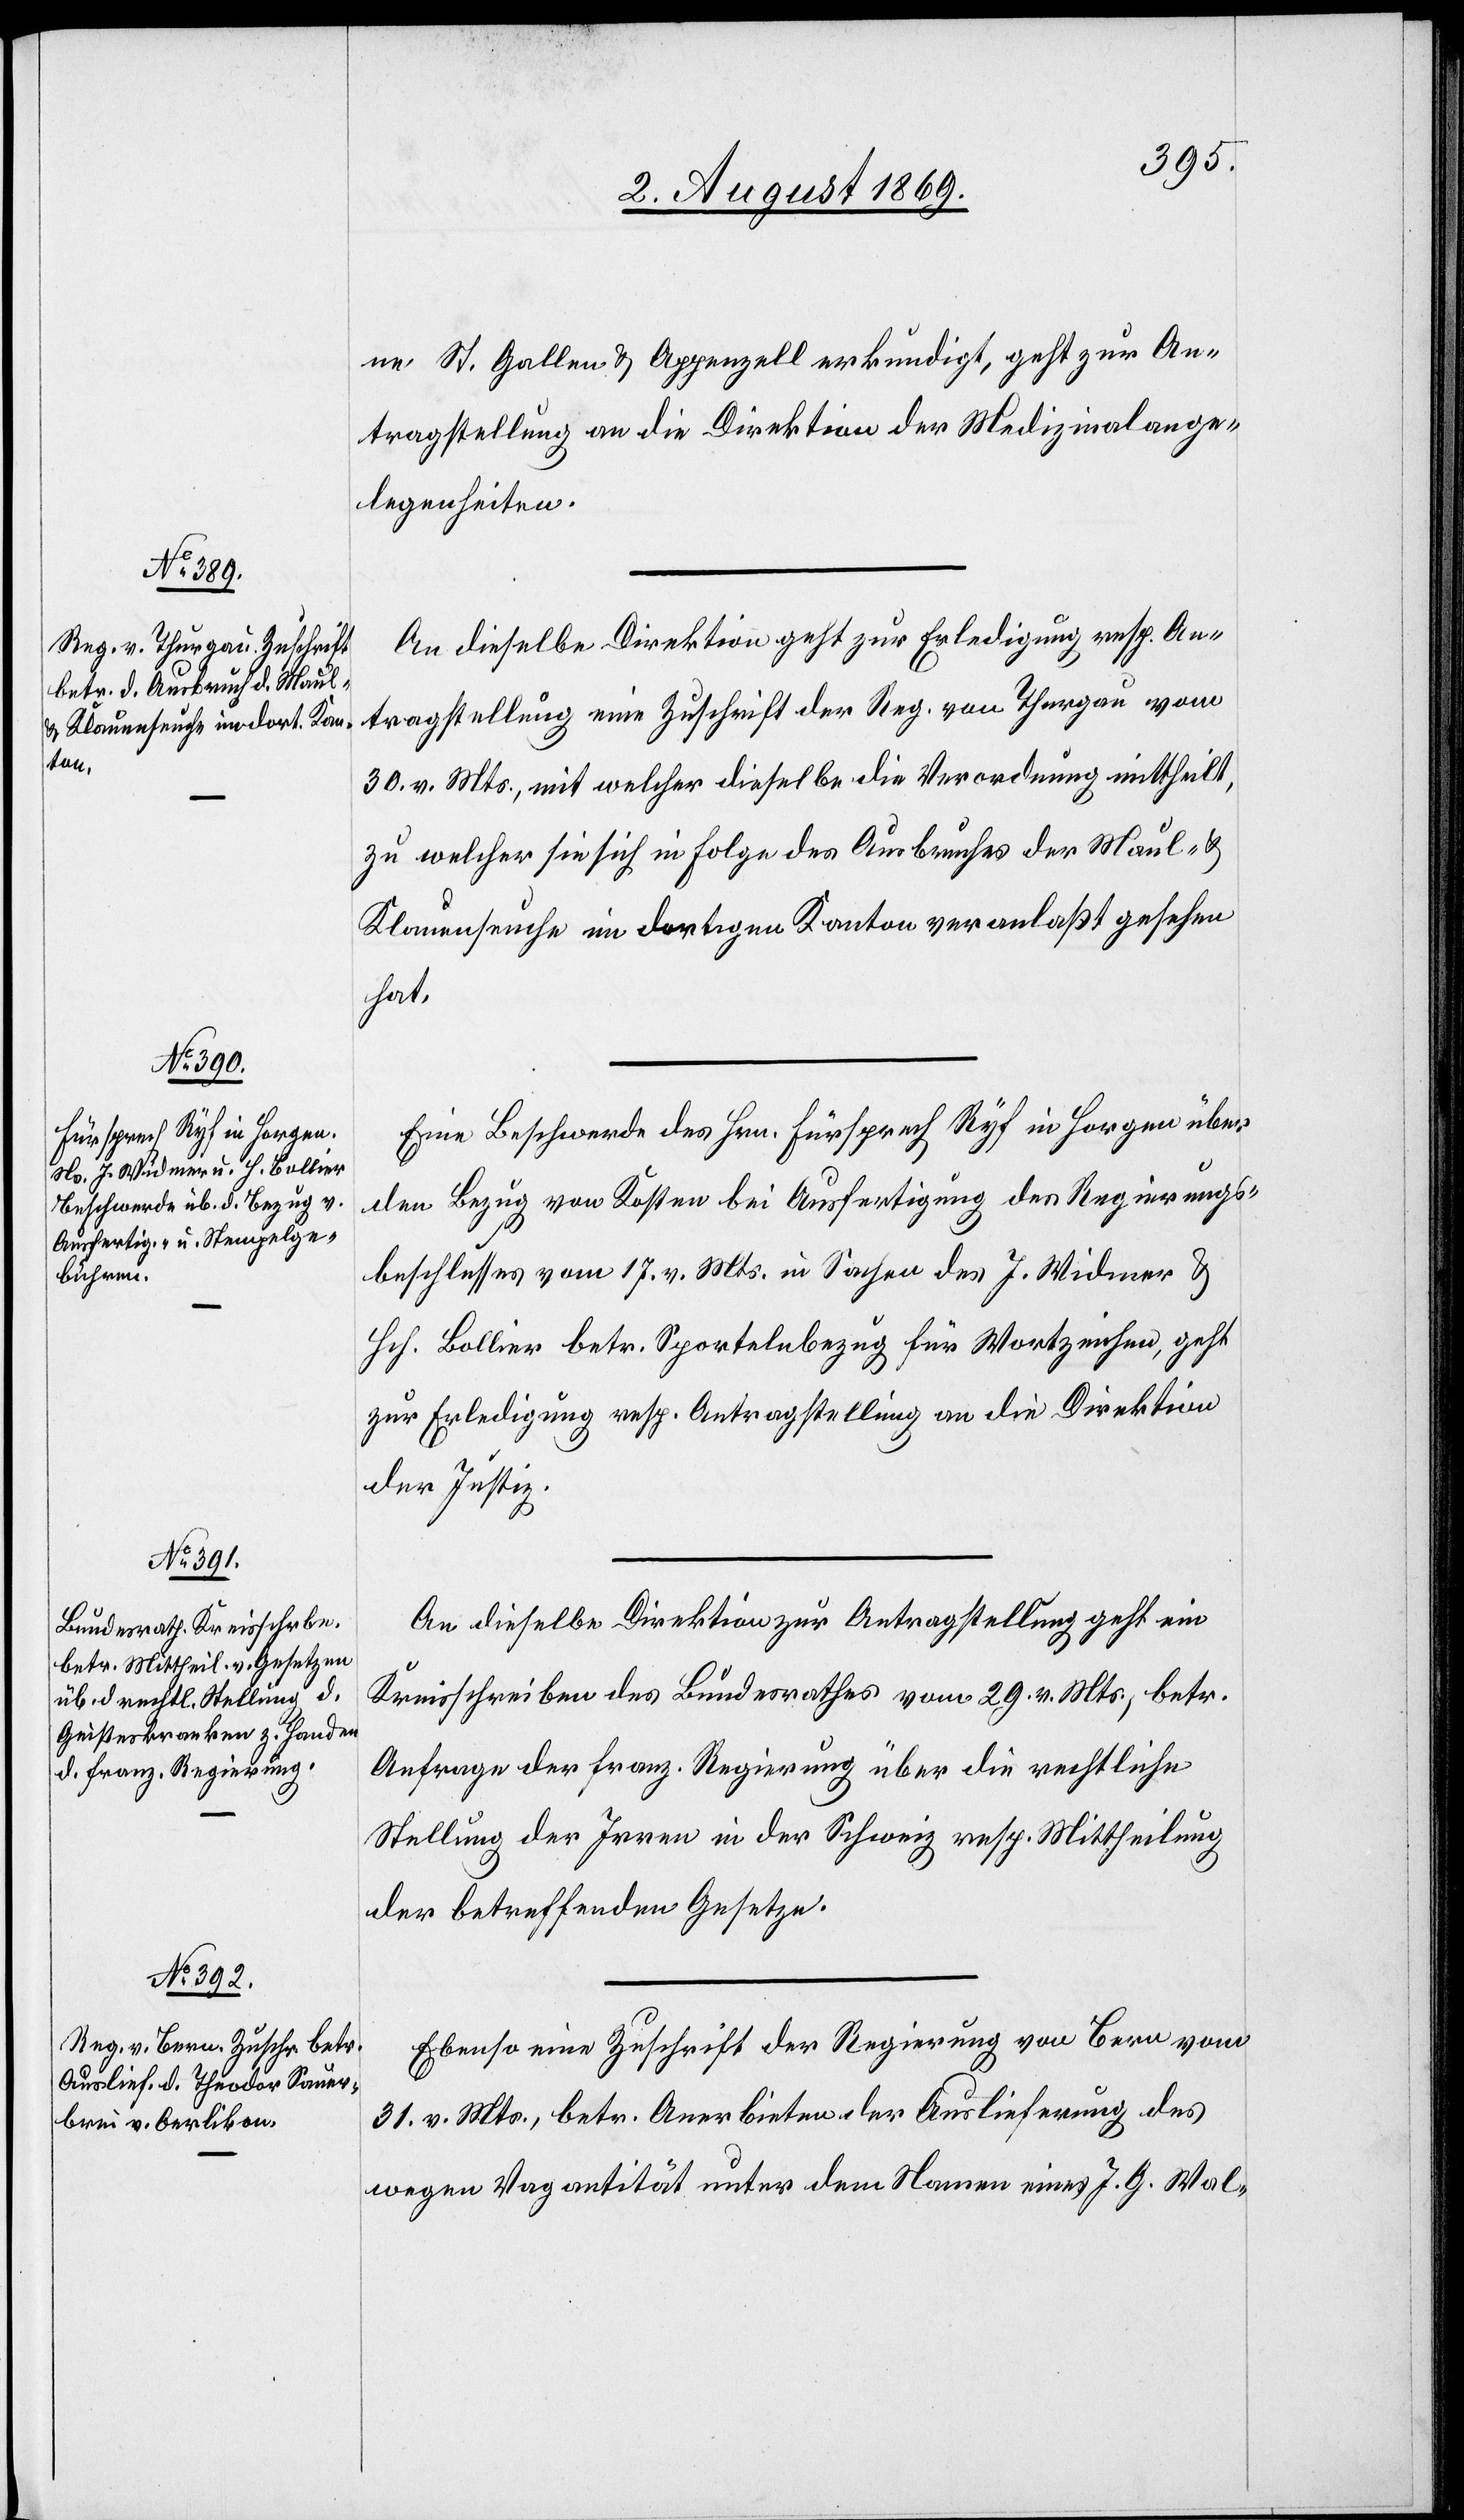
2. August 1869.]
ne St. Gallen & Appenzell erkundigt, geht zur An¬
tragstellung an die Direktion der Medizinalange¬
legenheiten.
An dieselbe Direktion geht zur Erledigung resp. An¬
tragstellung eine Zuschrift der Reg. v. Thurgau vom
30. v. Mts., mit welcher dieselbe die Verordnung mittheilt,
zu welcher sie sich in Folge des Ausbruches der Maul- &
Klauenseuche im dortigen Kanton veranlaßt gesehen
hat.
Eine Beschwerde des Hrn. Fürsprech Ryf in Horgen über
den Bezug von Kosten bei Ausfertigung des Regierungs¬
beschlusses vom 17. v. Mts. in Sachen des J. Widmer &
Hch. Bollier betr. Sportelnbezug für Wortzeichen, geht
zur Erledigung resp. Antragstellung an die Direktion
der Justiz.
An dieselbe Direktion zur Antragstellung geht ein
Kreisschreiben des Bundesrathes vom 29. v. Mts., betr.
Anfrage der franz. Regierung über die rechtliche
Stellung der Irren in der Schweiz resp. Mittheilung
der betreffenden Gesetze.
Ebenso eine Zuschrift der Regierung von Bern vom
31. v. Mts., betr. Anerbieten der Auslieferung des
wegen Vagantität unter dem Namen eines J. G. Wal-